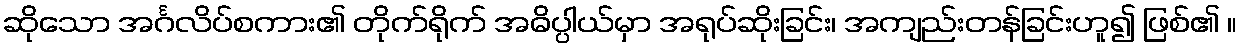
ဆိုသော အင်္ဂလိပ်စကား၏ တိုက်ရိုက် အဓိပ္ပါယ်မှာ အရုပ်ဆိုးခြင်း၊ အကျည်းတန်ခြင်းဟူ၍ ဖြစ်၏ ။